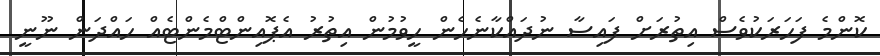
ކޮންމެ ފަހަރަކުވެސް އިތުރަށް ފައިސާ ނުދައްކާނެހެން ހީވުމުން އިތުރު އެޕޮއިންޓްމެންޓެއް ހައްދަން ނޫނީ